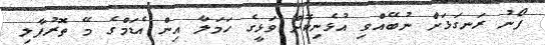
ފޯނު ރަނގަޅަށް ނުބޭއްވި އުޅެނިކޮށް ވަޅީގެ ހަމަލާ އިން އެޑަމްގެ މޭ ތޮރުފާލި